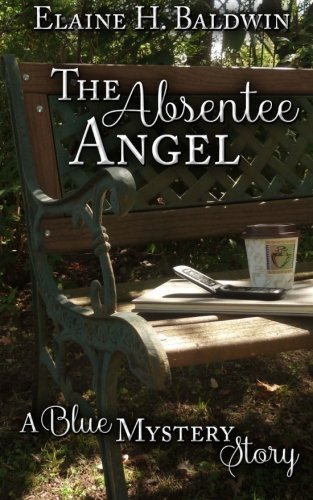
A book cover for The Absentee Angel (A Blue Mystery Story) (Volume 1); Elaine H. Baldwin; Christian Books & Bibles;